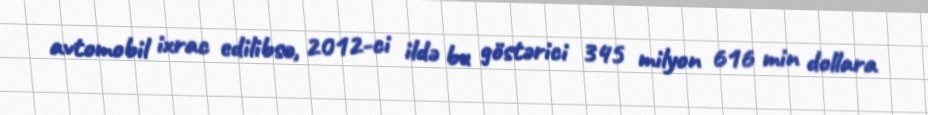
avtomobil ixrac edilibsə, 2012-ci ildə bu göstərici 345 milyon 616 min dollara